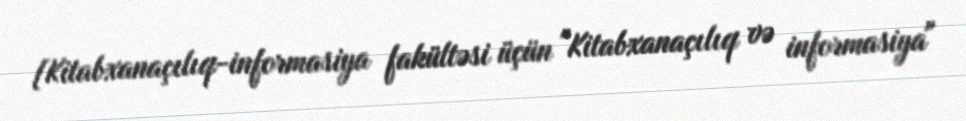
[Kitabxanaçılıq-informasiya fakültəsi üçün "Kitabxanaçılıq və informasiya"